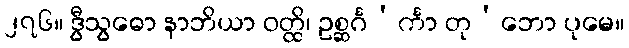
၂၇၆။ ဒွီသွဓော နာဘိယာ ဝတ္ထိ၊ ဥစ္ဆင်္ဂ’င်္ကာ တု’ဘော ပုမေ။